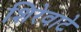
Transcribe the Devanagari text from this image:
शिरेवाटे